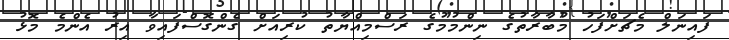
ފައިނަލް މެޗަށްފަހު މުބާރާތުގެ ނިންމުމުގެ ރަސްމިއްޔާތު ކުރިއަށް ގެންގޮސްފައިވާ އިރު އެންމެ މޮޅު